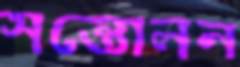
সন্তোলন